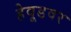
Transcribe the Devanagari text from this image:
हेवूडवर